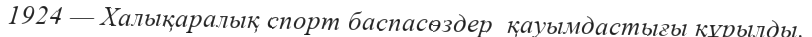
1924 — Халықаралық спорт баспасөздер  қауымдастығы құрылды.